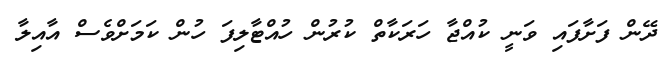
ދޭން ފަށާފައި ވަނީ ކުއްޖާ ހަރަކާތް ކުރުން ހުއްޓާލިފަ ހުން ކަމަށްވެސް އާއިލާ